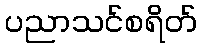
ပညာသင်စရိတ်